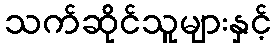
သက်ဆိုင်သူများနှင့်